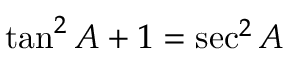
\tan ^ { 2 } A + 1 = \sec ^ { 2 } A